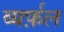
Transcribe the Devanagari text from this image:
व्यर्फ़ल